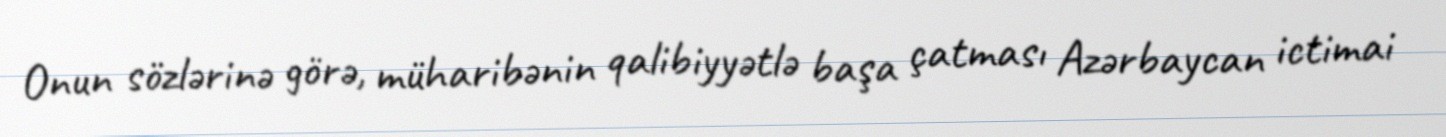
Onun sözlərinə görə, müharibənin qalibiyyətlə başa çatması Azərbaycan ictimai